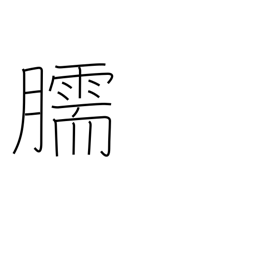
Meaning: shin